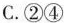
C.②④